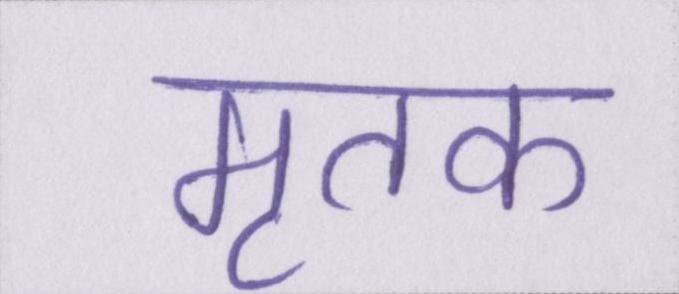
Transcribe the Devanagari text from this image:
मृतक